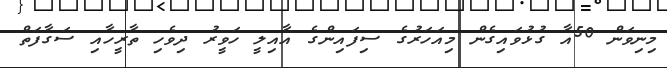
މިނިވަން 50އާ ގުޅުވައިގެން މިއަހަރުގެ ސިފައިންގެ އާއިލީ ހަވީރު ދިވެހި ތާރީހާއި ސަގާފަތް